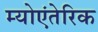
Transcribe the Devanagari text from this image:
म्योएंतेरिक